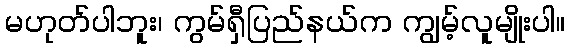
မဟုတ်ပါဘူး၊ ကွမ်ရှီပြည်နယ်က ကျွမ့်လူမျိုးပါ။